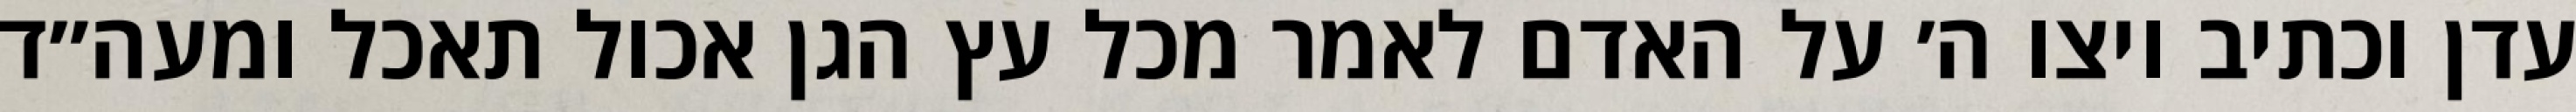
עדן וכתיב ויצו ה׳ על האדם לאמר מכל עץ הגן אכול תאכל ומעה״ד